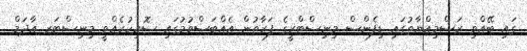
ގައި ބޭއްވި ރަސްމިއްޔާތުގައި ޑިފެންސް މިނިސްޓްރީގެ ފަރާތުން އެއްބަސްވުމުގައި ސޮއިކުރެއްވީ މިނިސްޓަރ އާދަމް